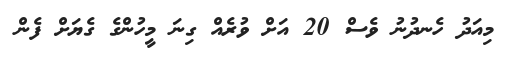
މިއަދު ހެނދުނު ވެސް 20 އަށް ވުރެއް ގިނަ މީހުންގެ ގެޔަށް ފެން